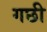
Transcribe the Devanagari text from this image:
गछी